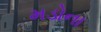
મડોના